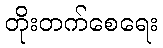
တိုးတက်စေရေး